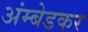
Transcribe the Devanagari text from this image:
अंम्बेडकर